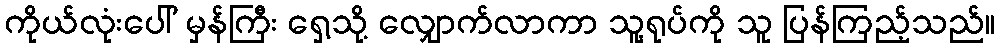
ကိုယ်လုံးပေါ် မှန်ကြီး ရှေ့သို့ လျှောက်လာကာ သူ့ရုပ်ကို သူ ပြန်ကြည့်သည်။